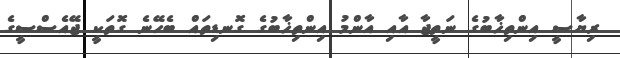
ރިޔާސީ އިންތިޚާބުގެ ނަތީޖާ އާއި އާންމު އިންތިޚާބުގެ ގޮނޑިތައް ބެހޭނެ ގޮތަކީ ޖޭއެސްސީގެ